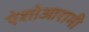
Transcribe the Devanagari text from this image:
ऐशोआरामी